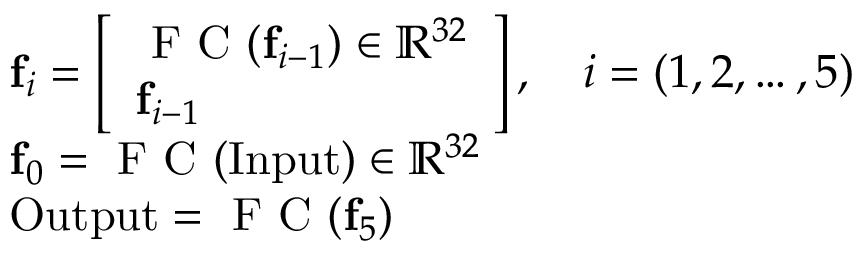
\begin{array} { r l } & { \mathbf { f } _ { i } = \left[ \begin{array} { l } { \textrm { F C } ( \mathbf { f } _ { i - 1 } ) \in \mathbb { R } ^ { 3 2 } } \\ { \mathbf { f } _ { i - 1 } } \end{array} \right] , \quad i = ( 1 , 2 , \dots , 5 ) } \\ & { \mathbf { f } _ { 0 } = \textrm { F C } ( \mathrm { I n p u t } ) \in \mathbb { R } ^ { 3 2 } } \\ & { \mathrm { O u t p u t } = \textrm { F C } ( \mathbf { f } _ { 5 } ) } \end{array}